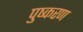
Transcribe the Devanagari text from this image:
पुष्करण